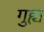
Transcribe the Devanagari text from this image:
गुह्यं